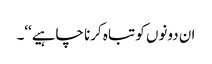
ان دونوں کو تباہ کرنا چاہیے‘‘۔